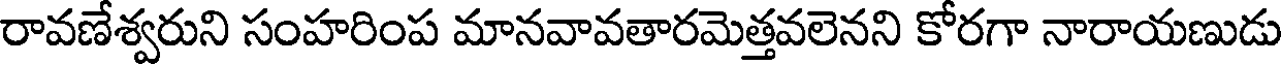
రావణేశ్వరుని సంహరింప మానవావతారమెత్తవలెనని కోరగా నారాయణుడు